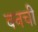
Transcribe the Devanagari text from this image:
वनची